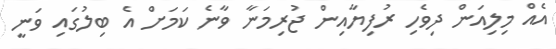
އެއް މިލިއަން ދިވެހި ރުފިޔާއިން ޖުރިމަނާ ވާނެ ކަމަށް އެ ބިލުގައި ވަނީ